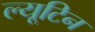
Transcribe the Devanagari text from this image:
ल्यूटिन